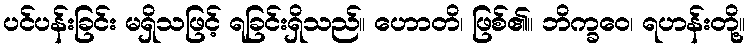
ပင်ပန်းခြင်း မရှိသဖြင့် ရခြင်းရှိသည်။ ဟောတိ၊ ဖြစ်၏။ ဘိက္ခဝေ၊ ရဟန်းတို့။